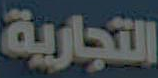
التجارية